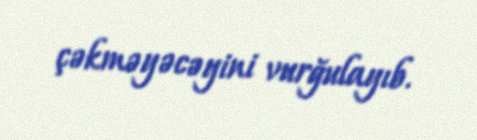
çəkməyəcəyini vurğulayıb.